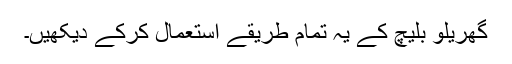
گھریلو بلیچ کے یہ تمام طریقے استعمال کرکے دیکھیں۔